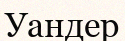
Уандер